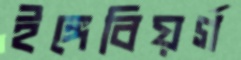
ইঙ্গেবিয়র্গ